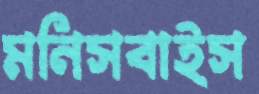
মনিসবাইস